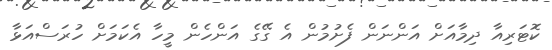
ކޮޓަރިއާ ދިމާއަށް އަންނަން ފެށުމުން އެ ގޭގެ އަންހެން މީހާ އެކަމަށް ހުރަސްއަޅާ